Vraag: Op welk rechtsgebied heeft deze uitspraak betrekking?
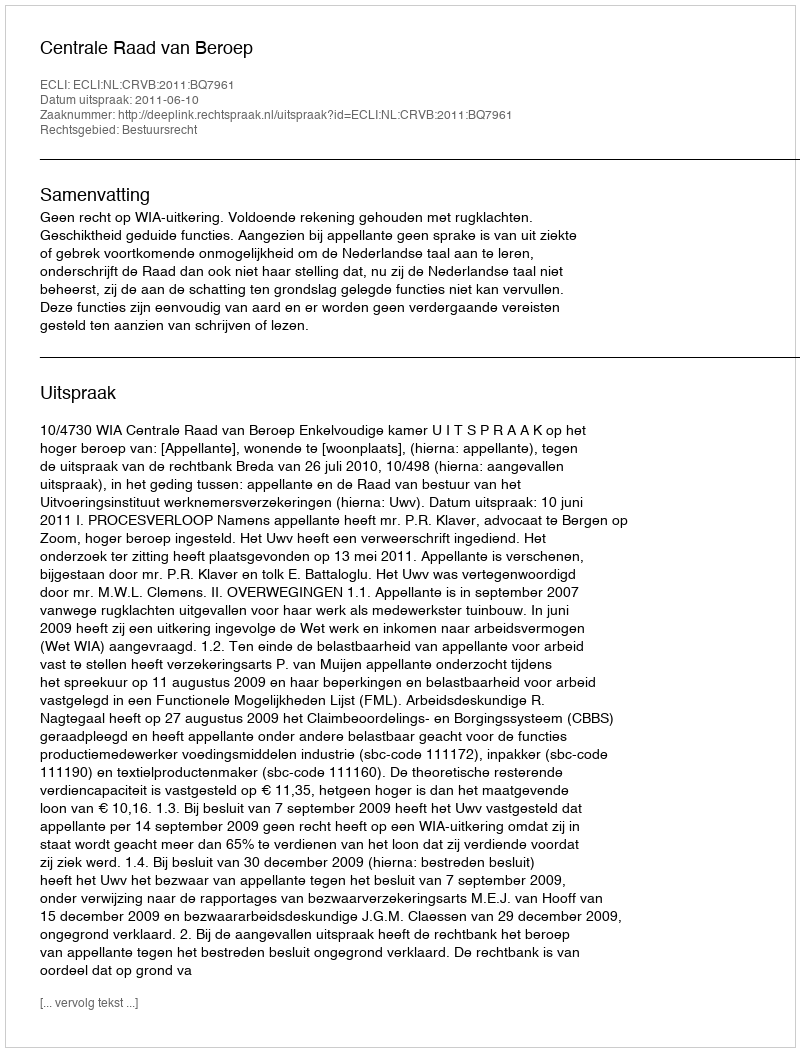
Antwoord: Bestuursrecht